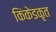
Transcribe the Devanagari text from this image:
किंकेडकृत